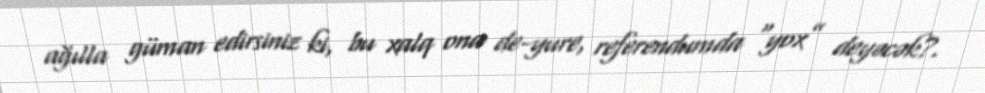
ağılla güman edirsiniz ki, bu xalq ona de-yure, referendumda “yox” deyəcək?.